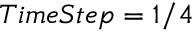
\ T i m e S t e p = 1 / 4